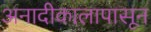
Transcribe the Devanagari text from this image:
अनादीकालापासून